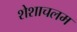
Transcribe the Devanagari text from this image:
शेशाचलम